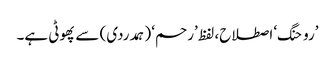
’روحنگ‘ اصطلاح، لفظ ’رحم‘ (ہمدردی) سے پھوٹی ہے۔